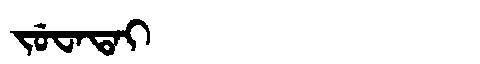
Manchu: ᠵᡠᠸᠠᡨᠠᡳ
Romanization: JUWATAI